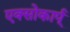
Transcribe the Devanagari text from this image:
एक्सोकार्प्